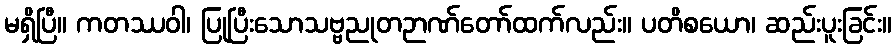
မရှိပြီ။ ကတဿဝါ၊ ပြုပြီးသောသဗ္ဗညုတဉာဏ်တော်ထက်လည်း။ ပတိစယော၊ ဆည်းပူးခြင်း။